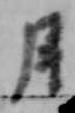
月